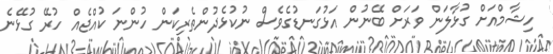
ހިޝާމްއަށް ގުޅާލަން ވަރަށް ބޭނުން އަޅުގަނޑުގެވެސް ނުކުޅެދުންތެރިކަން ހުންނަ ކުއްޖެއް ހުރޭ ގުޅޭނެ